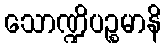
သောဏ္ဍိပဉ္စမာနိ